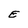
Character: E